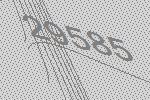
29585